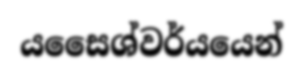
යසෛශ්වර්යයෙන්